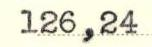
126,24